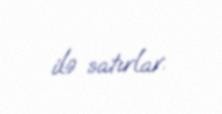
ilə satırlar.